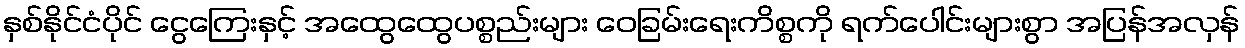
နှစ်နိုင်ငံပိုင် ငွေကြေးနှင့် အထွေထွေပစ္စည်းများ ဝေခြမ်းရေးကိစ္စကို ရက်ပေါင်းများစွာ အပြန်အလှန်